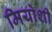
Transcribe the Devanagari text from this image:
मियोशी